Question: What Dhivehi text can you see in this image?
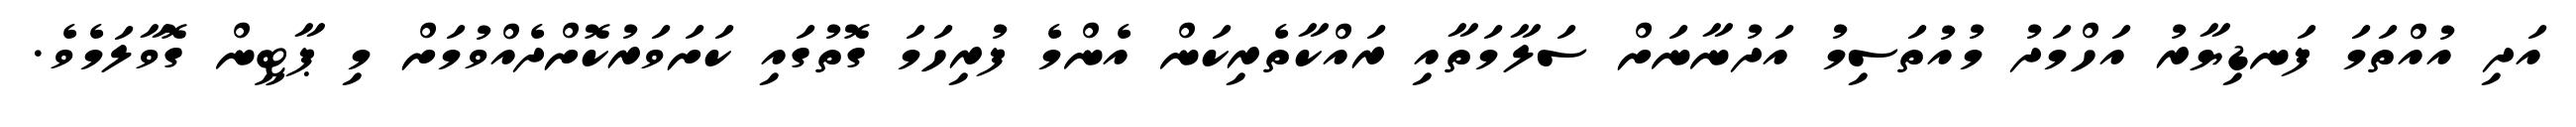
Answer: އަދި އުއްތަމަ ފަނޑިޔާރު އަހްމަދު މުއުތަސިމު އަދުނާނަށް ސަލާމަތާއި ރައްކާތެރިކަން އެންމެ ފުރިހަމަ ގޮތުގައި ކަށަވަރުކޮށްދެއްވުމަށް މި ޕާޓީން ގޮވާލަމެވެ.